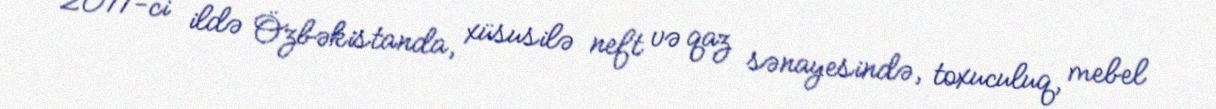
2011-ci ildə Özbəkistanda, xüsusilə neft və qaz sənayesində, toxuculuq, mebel